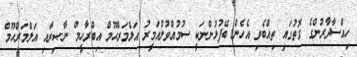
ހިއްސާދާރުންގެ ގޮތުގައި ތިއްބެވި އެހެން ބޭފުޅުންނަކީ ސުމުއްވުލްއަމީރު އަލްމަރްޙޫމް އިބްރާހީމް ނާޞިރާއި އަލްމަރްޙޫމް